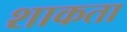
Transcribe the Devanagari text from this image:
शाकता